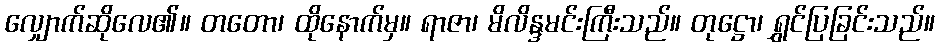
လျှောက်ဆိုလေ၏။ တတော၊ ထိုနောက်မှ။ ရာဇာ၊ မိလိန္ဒမင်းကြီးသည်။ တုဋ္ဌော၊ ရွှင်ပြခြင်းသည်။